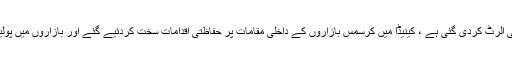
غیر ملکی میڈیا کے مطابق برطانیہ ‘ کینیڈااور یورپی ممالک میں سیکیورٹی الرٹ کردی گئی ہے ، کینیڈا میں کرسمس بازاروں کے داخلی مقامات پر حفاظتی اقدامات سخت کردئیے گئے اور بازاروں میں پولیس کی اضافی نفری تعینات کردی گئی اور لوگوں کی تلاشی لی جارہی ہے۔